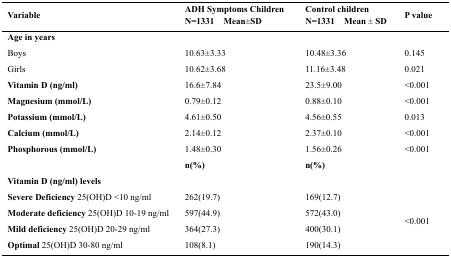
<table><thead><tr><td><b>Variable</b></td><td><b>ADH Symptoms Children N=1331 Mean±SD</b></td><td><b>Control children N=1331 Mean ± SD</b></td><td><b>P value</b></td></tr></thead><tbody><tr><td><b>Age in years</b></td><td></td><td></td><td></td></tr><tr><td>Boys</td><td>10.63±3.33</td><td>10.48±3.36</td><td>0.145</td></tr><tr><td>Girls</td><td>10.62±3.68</td><td>11.16±3.48</td><td>0.021</td></tr><tr><td><b>Vitamin D (ng/ml)</b></td><td>16.6±7.84</td><td>23.5±9.00</td><td>&lt;0.001</td></tr><tr><td><b>Magnesium (mmol/L)</b></td><td>0.79±0.12</td><td>0.88±0.10</td><td>&lt;0.001</td></tr><tr><td><b>Potassium (mmol/L)</b></td><td>4.61±0.50</td><td>4.56±0.55</td><td>0.013</td></tr><tr><td><b>Calcium (mmol/L)</b></td><td>2.14±0.12</td><td>2.37±0.10</td><td>&lt;0.001</td></tr><tr><td><b>Phosphorous (mmol/L)</b></td><td>1.48±0.30</td><td>1.56±0.26</td><td>&lt;0.001</td></tr><tr><td></td><td><b>n(%)</b></td><td><b>n(%)</b></td><td></td></tr><tr><td><b>Vitamin D (ng/ml) levels</b></td><td></td><td></td><td></td></tr><tr><td><b>Severe Deficiency</b> 25(OH)D &lt;10 ng/ml</td><td>262(19.7)</td><td>169(12.7)</td><td rowspan="4">&lt;0.001</td></tr><tr><td><b>Moderate deficiency</b> 25(OH)D 10-19 ng/ml</td><td>597(44.9)</td><td>572(43.0)</td></tr><tr><td><b>Mild deficiency</b> 25(OH)D 20-29 ng/ml</td><td>364(27.3)</td><td>400(30.1)</td></tr><tr><td><b>Optimal</b> 25(OH)D 30-80 ng/ml</td><td>108(8.1)</td><td>190(14.3)</td></tr></tbody></table>